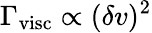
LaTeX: \Gamma_{\mathrm{visc}}\propto(\delta v)^{2}